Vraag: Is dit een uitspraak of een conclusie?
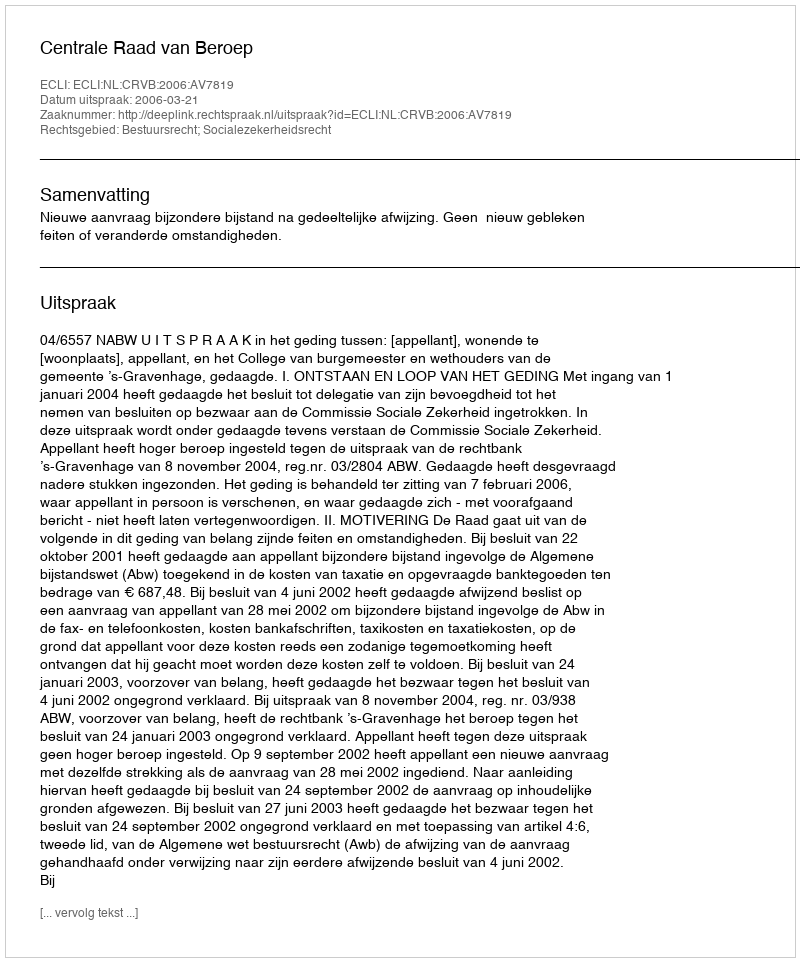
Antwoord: Uitspraak